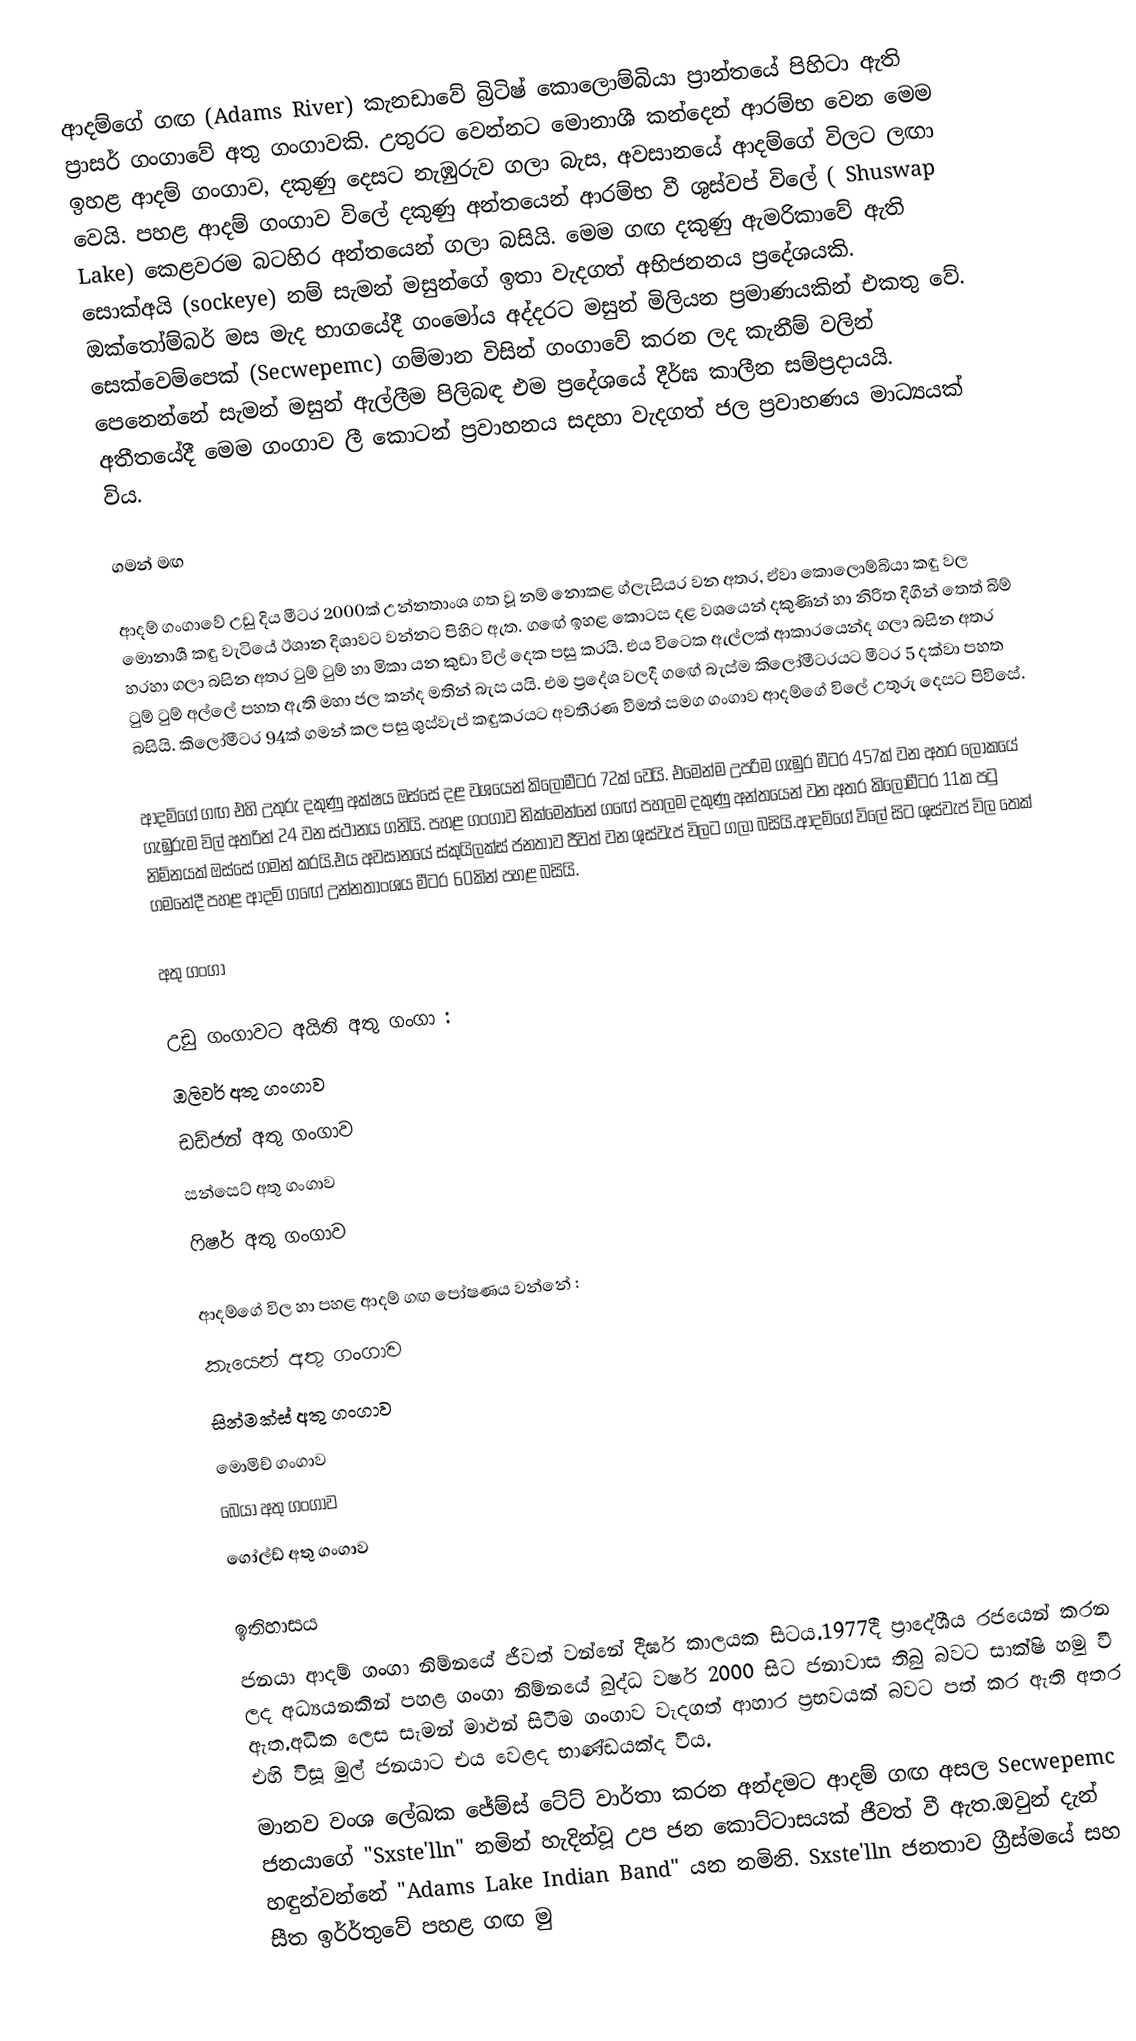
ආදම්ගේ ගඟ (Adams River) කැනඩාවේ බ්‍රිටිෂ් කොලොම්බියා ප්‍රාන්තයේ පිහිටා ඇති ප්‍රාසර් ගංගාවේ අතු ගංගාවකි. උතුරට වෙන්නට මොනාශී කන්දෙන් ආරම්භ වෙන මෙම ඉහළ ආදම් ගංගාව, දකුණු දෙසට නැඹුරුව ගලා බැස, අවසානයේ ආදම්ගේ විලට ලඟා වෙයි. පහළ ආදම් ගංගාව විලේ දකුණු අන්තයෙන් ආරම්භ වී ශුස්වප් විලේ ( Shuswap Lake) කෙළවරම බටහිර අන්තයෙන් ගලා බසියි. මෙම ගඟ දකුණු ඇමරිකාවේ ඇති සොක්අයි (sockeye) නම් සැමන් මසුන්ගේ ඉතා වැදගත් අභිජනනය ප්‍රදේශයකි. ඔක්තෝම්බර් මස මැද භාගයේදී ගංමෝය අද්දරට මසුන් මිලියන ප්‍රමාණයකින් එකතු වේ. සෙක්වෙම්පෙක් (Secwepemc) ගම්මාන විසින් ගංගාවේ කරන ලද කැනීම් වලින් පෙනෙන්නේ සැමන් මසුන් ඇල්ලීම පිලිබඳ එම ප්‍රදේශයේ දීර්ඝ කාලීන සම්ප්‍රදායයි. අතීතයේදී මෙම ගංගාව ලී කොටන් ප්‍රවාහනය සදහා වැදගත් ජල ප්‍රවාහණය මාධ්‍යයක් විය.

ගමන් මඟ

ආදම් ගංගාවේ උඩු දිය මීටර 2000ක් උන්නතාංශ ගත වූ නම් නොකළ ග්ලැසියර වන අතර, ඒවා කොලොම්බියා කඳු වල මොනාශී කඳු වැටියේ ඊශාන දිශාවට වන්නට පිහිට ඇත. ගඟේ ඉහළ කොටස දළ වශයෙන් දකුණින් හා නිරිත දිගින් තෙත් බිම් හරහා ගලා බසින අතර ටුම් ටුම් හා මිකා යන කුඩා විල් දෙක පසු කරයි. එය විටෙක ඇල්ලක් ආකාරයෙන්ද ගලා බසින අතර ටුම් ටුම් අල්ලේ පහත ඇති මහා ජල කන්ද මතින් බැස යයි. එම ප්‍රදේශ වලදී ගඟේ බැස්ම කිලෝමීටරයට මීටර 5 දක්වා පහත බසියි. කිලෝමීටර 94ක් ගමන් කල පසු ශුස්වැප් කඳුකරයට අවතීරණ වීමත් සමග ගංගාව ආදම්ගේ විලේ උතුරු දෙසට පිවිසේ.

ආදම්ගේ ගඟ එහි උතුරු දකුණු අක්ෂය ඔස්සේ දළ වශයෙන් කිලෝමීටර 72ක් වෙයි. එමෙන්ම උපරිම ගැඹුර මීටර 457ක් වන අතර ලෝකයේ ගැඹුරුම විල් අතරින් 24 වන ස්ථානය ගනියි. පහළ ගංගාව නික්මෙන්නේ ගඟේ පහලම දකුණු අන්තයෙන් වන අතර කිලෝමීටර 11ක පටු නිම්නයක් ඔස්සේ ගමන් කරයි.එය අවසානයේ ස්කුයිලක්ස් ජනතාව ජීවත් වන ශුස්වැප් විලට ගලා බසියි.ආදම්ගේ විලේ සිට ශුස්වැප් විල තෙක් ගමනේදී පහළ ආදම් ගඟේ උන්නතාංශය මීටර 60කින් පහළ බසියි.

අතු ගංගා

උඩු ගංගාවට අයිති අතු ගංගා :
ඔලිවර් අතු ගංගාව
ඩඩ්ජන් අතු ගංගාව
සන්සෙට් අතු ගංගාව
ෆිෂර් අතු ගංගාව

ආදම්ගේ විල හා පහළ ආදම් ගඟ පෝෂණය වන්නේ :
කැයෙන් අතු ගංගාව
සින්මක්ස් අතු ගංගාව
මොමිච් ගංගාව
බෙයා අතු ගංගාව
ගෝල්ඩ් අතු ගංගාව

ඉතිහාසය
ජනයා ආදම් ගංගා නිම්නයේ ජීවත් වන්නේ දීර්ඝ කාලයක සිටය.1977දී ප්‍රාදේශීය රජයෙන් කරන ලද අධ්‍යයනකින් පහළ ගංගා  නිම්නයේ බුද්ධ වර්ෂ 2000 සිට ජනාවාස තිබු බවට සාක්ෂි හමු වී ඇත.අධික ලෙස සැමන් මාළුන් සිටීම ගංගාව වැදගත් ආහාර ප්‍රභවයක් බවට පත් කර ඇති අතර එහි විසූ මුල් ජනයාට එය වෙළද භාණ්ඩයක්ද විය.
මානව වංශ ලේඛක ජේම්ස් ටේට් වාර්තා කරන අන්දමට ආදම් ගඟ අසල Secwepemc  ජනයාගේ  "Sxste'lln"  නමින් හැදින්වූ උප ජන කොට්ටාසයක් ජීවත් වී ඇත.ඔවුන් දැන් හඳුන්වන්නේ "Adams Lake Indian Band" යන නමිනි. Sxste'lln ජනතාව ග්‍රීස්මයේ සහ සීත ඉර්ර්තුවේ පහළ ගඟ මු